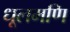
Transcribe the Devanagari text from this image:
धूलमणि